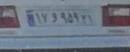
۱۷و۹۵۹۲۱